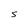
Character: S